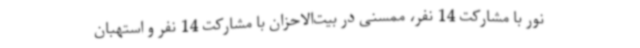
نور با مشارکت 14 نفر، ممسنی در بیت‌الاحزان با مشارکت 14 نفر و استهبان